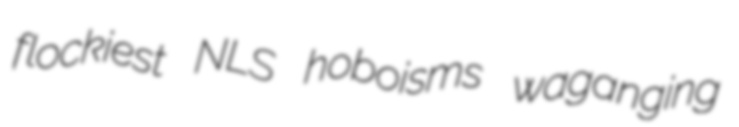
flockiest NLS hoboisms waganging